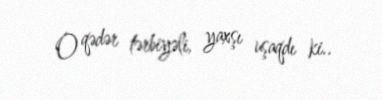
O qədər tərbiyəli, yaxşı uşaqdı ki..